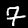
Digit: 7